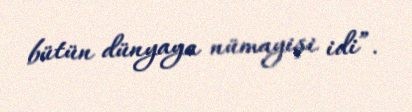
bütün dünyaya nümayişi idi”.